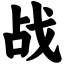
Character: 战